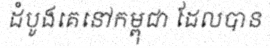
ដំបូងគេនៅកម្ពុជា ដែលបាន